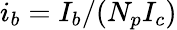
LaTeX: i_{b}=I_{b}/(N_{p}I_{c})